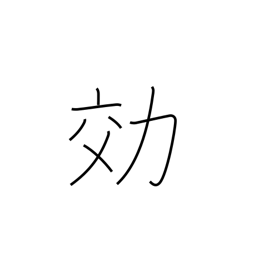
Meaning: efficiency